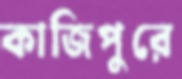
কাজিপুরে